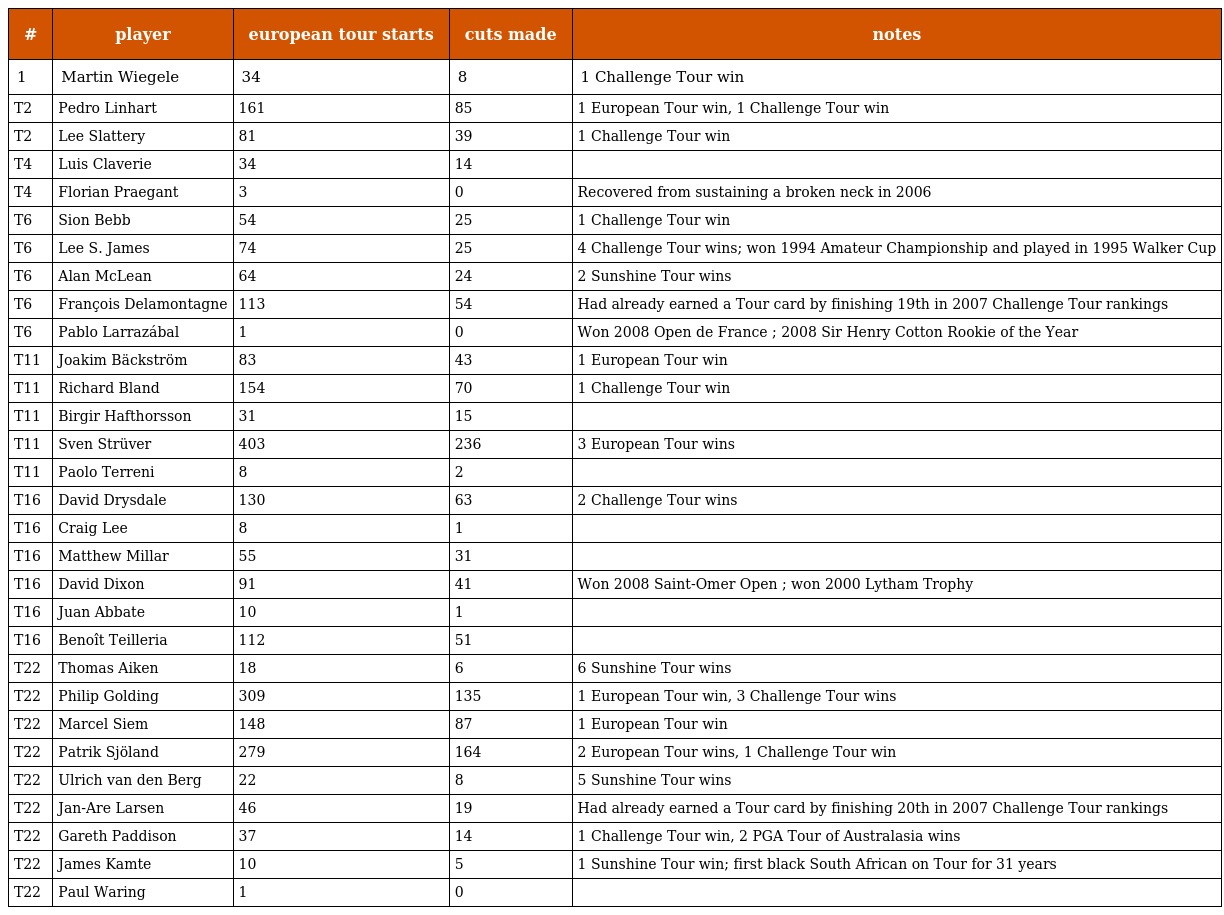
| # | player | european tour starts | cuts made | notes |
 | --- | --- | --- | --- | --- |
 | 1 | Martin Wiegele | 34 | 8 | 1 Challenge Tour win |
 | T2 | Pedro Linhart | 161 | 85 | 1 European Tour win, 1 Challenge Tour win |
 | T2 | Lee Slattery | 81 | 39 | 1 Challenge Tour win |
 | T4 | Luis Claverie | 34 | 14 |  |
 | T4 | Florian Praegant | 3 | 0 | Recovered from sustaining a broken neck in 2006 |
 | T6 | Sion Bebb | 54 | 25 | 1 Challenge Tour win |
 | T6 | Lee S. James | 74 | 25 | 4 Challenge Tour wins; won 1994 Amateur Championship and played in 1995 Walker Cup |
 | T6 | Alan McLean | 64 | 24 | 2 Sunshine Tour wins |
 | T6 | François Delamontagne | 113 | 54 | Had already earned a Tour card by finishing 19th in 2007 Challenge Tour rankings |
 | T6 | Pablo Larrazábal | 1 | 0 | Won 2008 Open de France ; 2008 Sir Henry Cotton Rookie of the Year |
 | T11 | Joakim Bäckström | 83 | 43 | 1 European Tour win |
 | T11 | Richard Bland | 154 | 70 | 1 Challenge Tour win |
 | T11 | Birgir Hafthorsson | 31 | 15 |  |
 | T11 | Sven Strüver | 403 | 236 | 3 European Tour wins |
 | T11 | Paolo Terreni | 8 | 2 |  |
 | T16 | David Drysdale | 130 | 63 | 2 Challenge Tour wins |
 | T16 | Craig Lee | 8 | 1 |  |
 | T16 | Matthew Millar | 55 | 31 |  |
 | T16 | David Dixon | 91 | 41 | Won 2008 Saint-Omer Open ; won 2000 Lytham Trophy |
 | T16 | Juan Abbate | 10 | 1 |  |
 | T16 | Benoît Teilleria | 112 | 51 |  |
 | T22 | Thomas Aiken | 18 | 6 | 6 Sunshine Tour wins |
 | T22 | Philip Golding | 309 | 135 | 1 European Tour win, 3 Challenge Tour wins |
 | T22 | Marcel Siem | 148 | 87 | 1 European Tour win |
 | T22 | Patrik Sjöland | 279 | 164 | 2 European Tour wins, 1 Challenge Tour win |
 | T22 | Ulrich van den Berg | 22 | 8 | 5 Sunshine Tour wins |
 | T22 | Jan-Are Larsen | 46 | 19 | Had already earned a Tour card by finishing 20th in 2007 Challenge Tour rankings |
 | T22 | Gareth Paddison | 37 | 14 | 1 Challenge Tour win, 2 PGA Tour of Australasia wins |
 | T22 | James Kamte | 10 | 5 | 1 Sunshine Tour win; first black South African on Tour for 31 years |
 | T22 | Paul Waring | 1 | 0 |  |